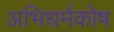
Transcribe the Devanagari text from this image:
अभिधर्मकोष